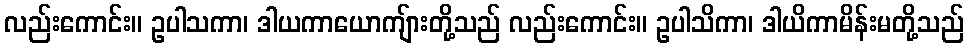
လည်းကောင်း။ ဥပါသကာ၊ ဒါယကာယောကျ်ားတို့သည် လည်းကောင်း။ ဥပါသိကာ၊ ဒါယိကာမိန်းမတို့သည်